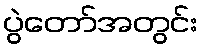
ပွဲတော်အတွင်း